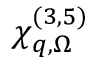
\chi _ { \boldsymbol { q } , \Omega } ^ { ( 3 , 5 ) }